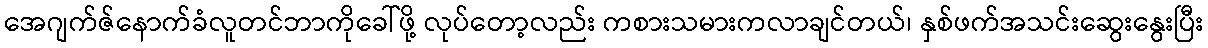
အေဂျက်ဇ်နောက်ခံလူတင်ဘာကိုခေါ်ဖို့ လုပ်တော့လည်း ကစားသမားကလာချင်တယ်၊ နှစ်ဖက်အသင်းဆွေးနွေးပြီး